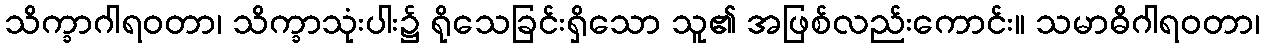
သိက္ခာဂါရဝတာ၊ သိက္ခာသုံးပါး၌ ရိုသေခြင်းရှိသော သူ၏ အဖြစ်လည်းကောင်း။ သမာဓိဂါရဝတာ၊